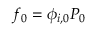
f _ { 0 } = \phi _ { i , 0 } P _ { 0 }